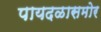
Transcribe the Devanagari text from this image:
पायदळासमोर